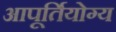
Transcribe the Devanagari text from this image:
आपूर्तियोग्य